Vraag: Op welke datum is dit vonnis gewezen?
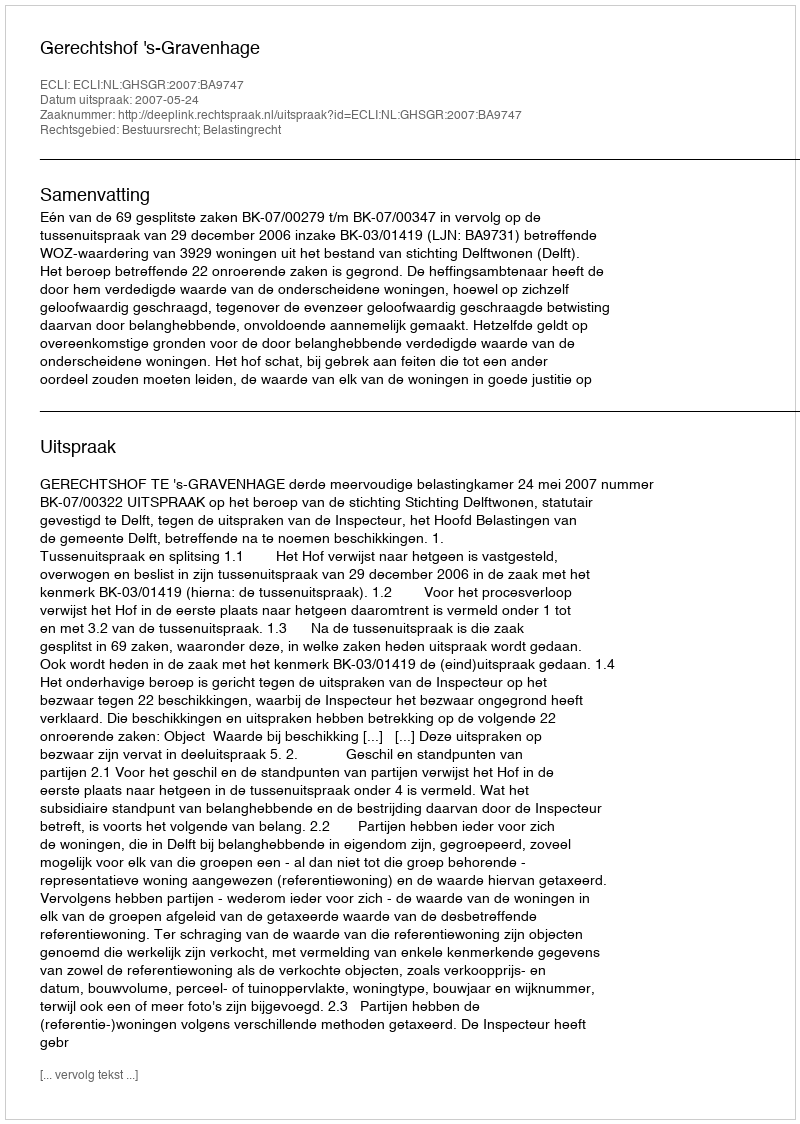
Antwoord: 2007-05-24